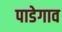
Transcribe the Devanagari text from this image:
पाडेगाव